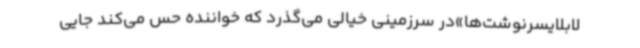
لابلایسرنوشت‌ها»در سرزمینی خیالی می‌گذرد که خواننده حس می‌کند جایی